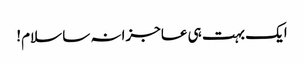
ایک بہت ہی عاجزانہ سا سلام!